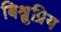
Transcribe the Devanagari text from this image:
बिश्नुप्रिय